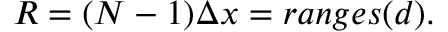
\begin{array} { r } { R = ( N - 1 ) \Delta x = r a n g e s ( d ) . } \end{array}